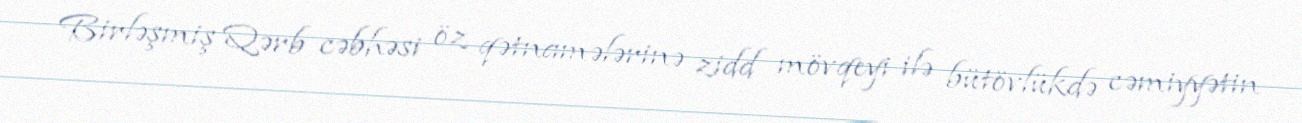
Birləşmiş Qərb cəbhəsi öz qətnamələrinə zidd mövqeyi ilə bütövlükdə cəmiyyətin